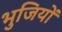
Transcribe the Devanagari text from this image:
भुजियों